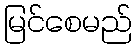
မြင်စေမည်